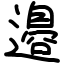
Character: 邉